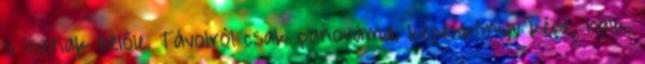
s isznak belőle. Távolról csak panoráma, képeskönyv képe, halk,